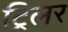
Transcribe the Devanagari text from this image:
ट्रिलर